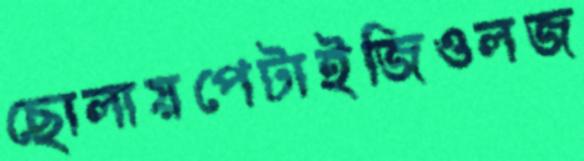
ছোলায়পেটাইজিওলজ